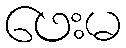
ဖေးမ